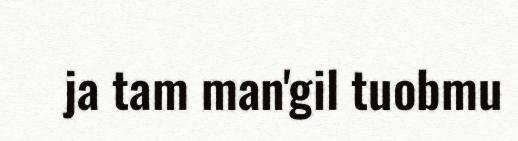
ja tam man'gil tuobmu